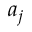
a _ { j }